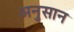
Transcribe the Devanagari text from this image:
अनुसान